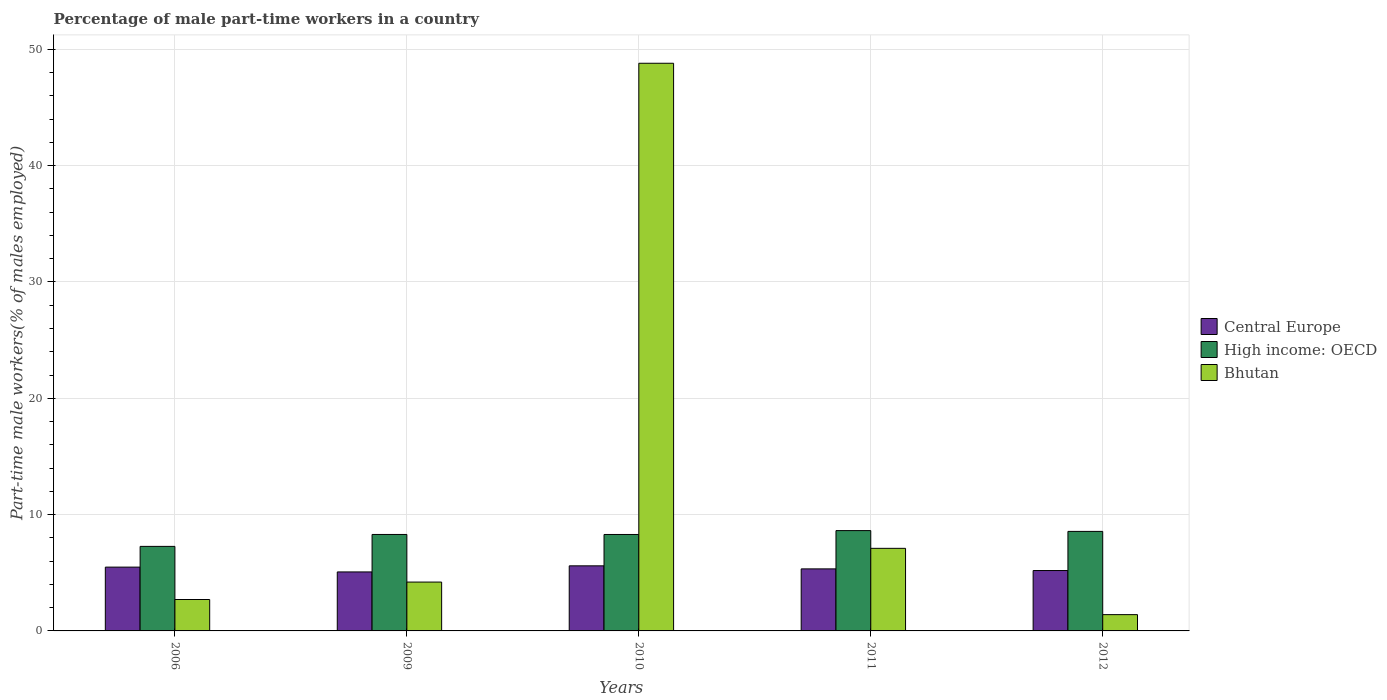
| Years | Central Europe | High income: OECD | Bhutan |
 | --- | --- | --- | --- |
 | 2006 | 5.49 | 7.27 | 2.7 |
 | 2009 | 5.07 | 8.29 | 4.2 |
 | 2010 | 5.6 | 8.29 | 48.8 |
 | 2011 | 5.33 | 8.62 | 7.1 |
 | 2012 | 5.19 | 8.56 | 1.4 |